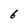
Character: 6